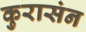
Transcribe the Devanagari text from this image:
कुरासंन